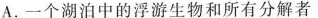
A.一个湖泊中的浮游生物和所有分解者